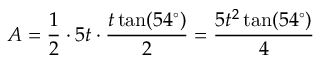
A = { \frac { 1 } { 2 } } \cdot 5 t \cdot { \frac { t \tan ( 5 4 ^ { \circ } ) } { 2 } } = { \frac { 5 t ^ { 2 } \tan ( 5 4 ^ { \circ } ) } { 4 } }